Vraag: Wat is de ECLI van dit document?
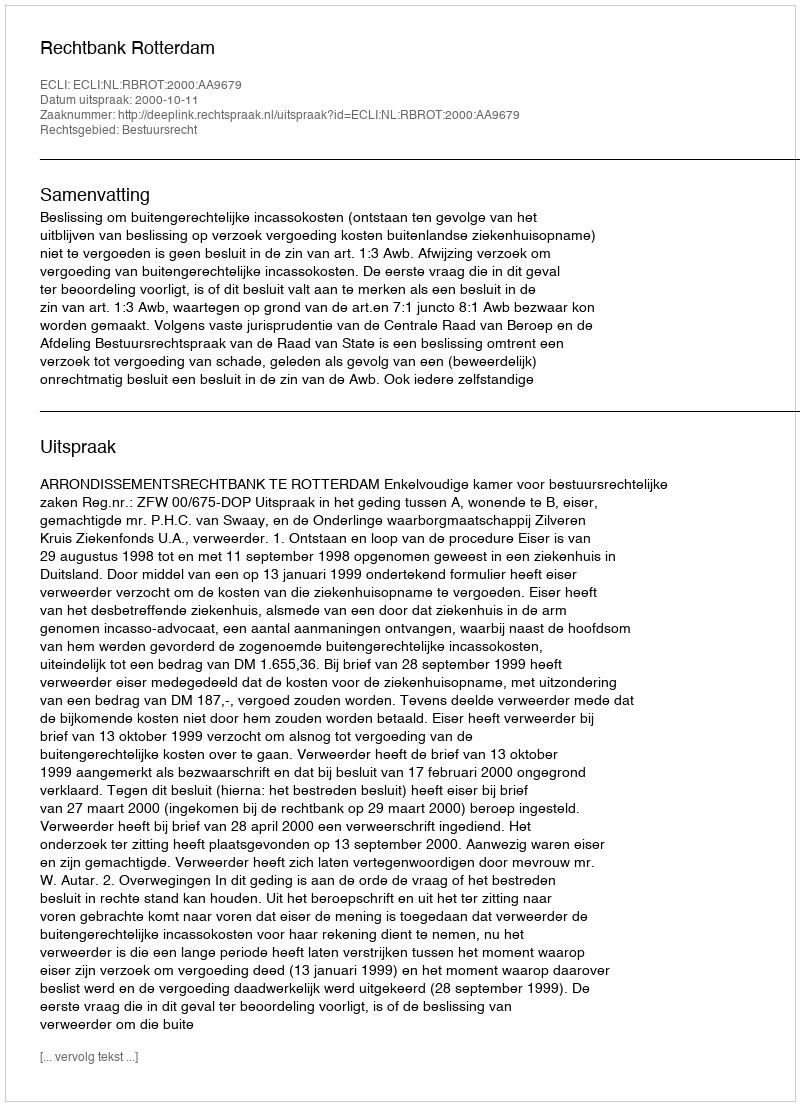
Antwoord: ECLI:NL:RBROT:2000:AA9679